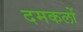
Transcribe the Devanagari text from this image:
दमकलों